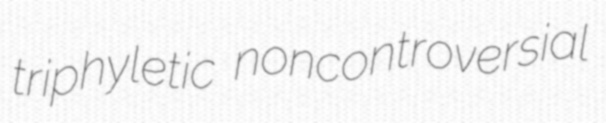
triphyletic noncontroversial